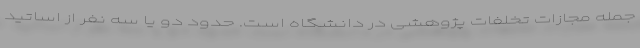
جمله مجازات تخلفات پژوهشی در دانشگاه است. حدود دو یا سه نفر از اساتید